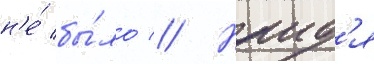
н'е́ бы́ло // Наид'я